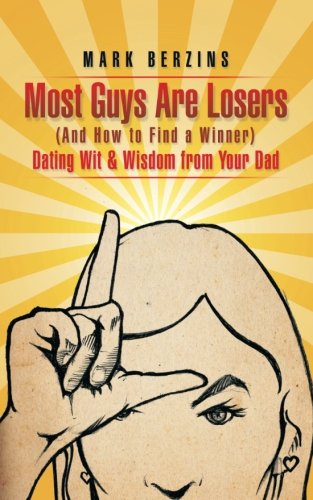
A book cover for Most Guys Are Losers (And How to Find a Winner): Dating Wit & Wisdom from Your Dad; Mark Berzins; Self-Help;